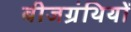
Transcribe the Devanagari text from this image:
बीजग्रंथियों